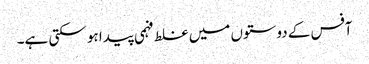
آفس کے دوستوں میں غلط فہمی پیدا ہو سکتی ہے۔